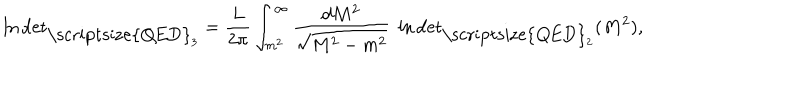
\ln \mathrm { d e t } _ { { \mathrm { \scriptsize { Q E D } } _ { 3 } } } = \frac { L } { 2 \pi } \int _ { m ^ { 2 } } ^ { \infty } \frac { d M ^ { 2 } } { \sqrt { M ^ { 2 } - m ^ { 2 } } } \ \ln \mathrm { d e t } _ { { \mathrm { \scriptsize { Q E D } } _ { 2 } } } ( M ^ { 2 } ) ,